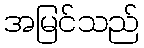
အမြင်သည်